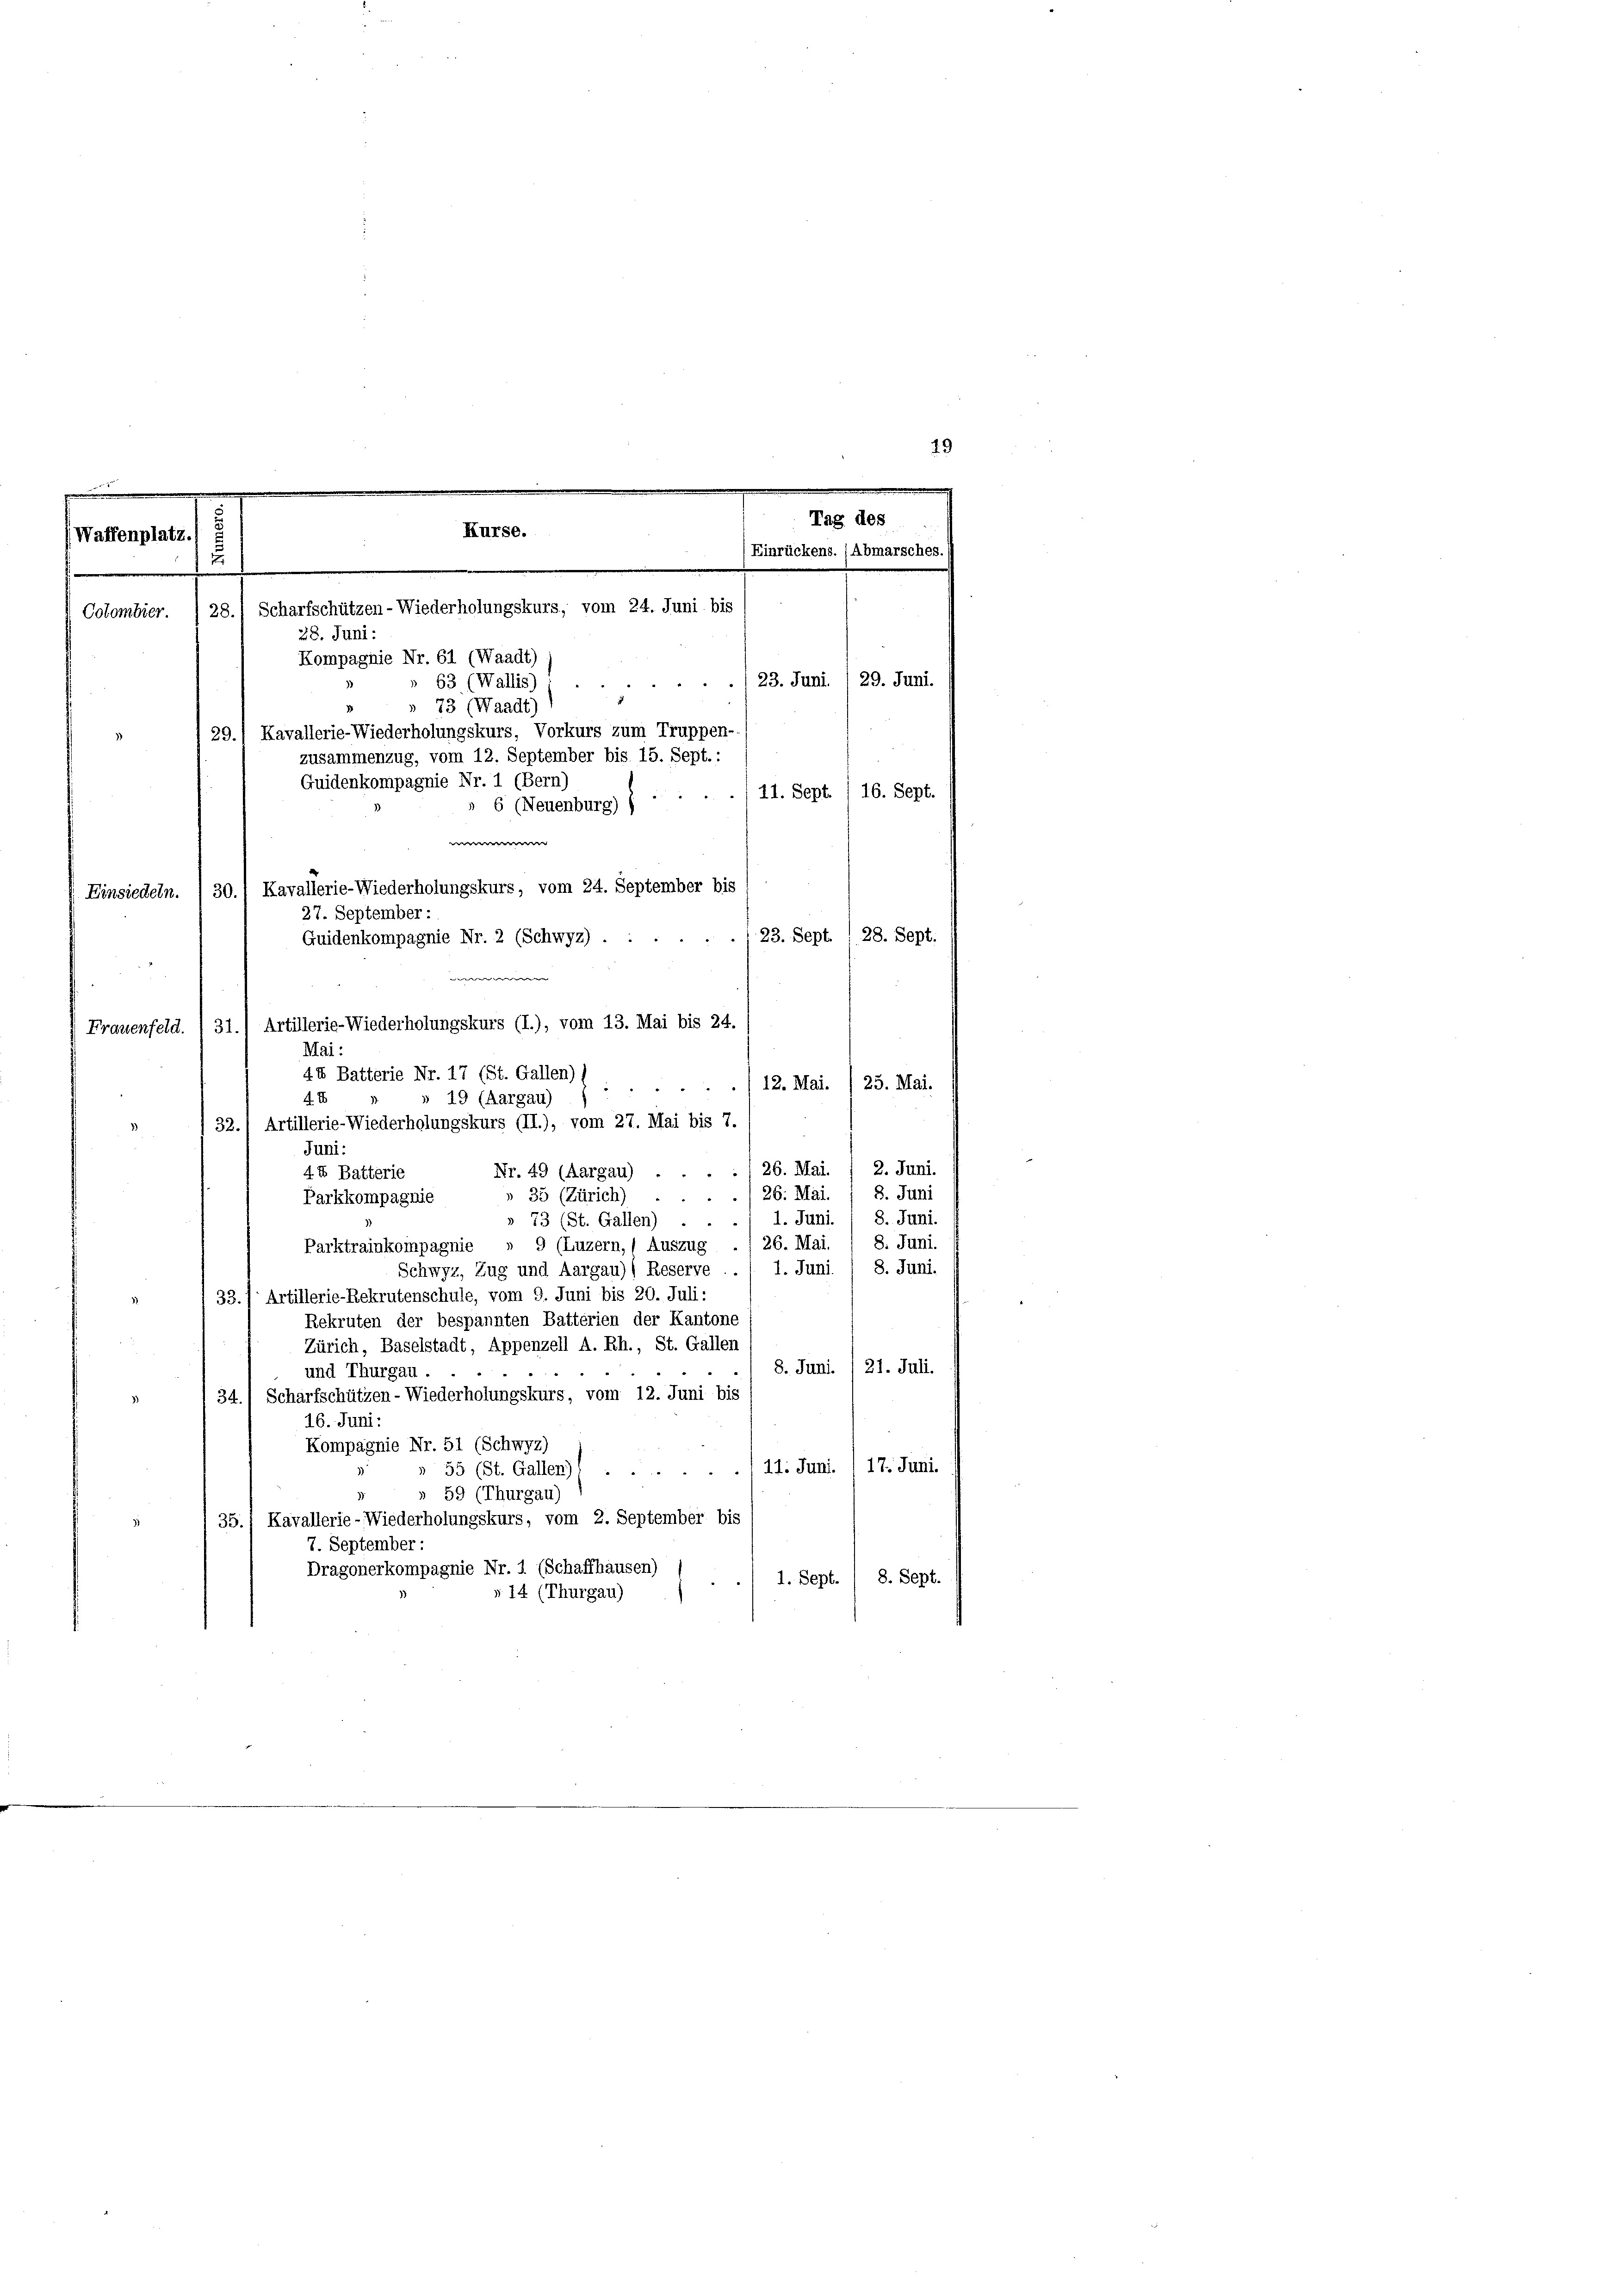
e
19
.

Tag des
Kurse.
Waffenplatz.
(Einrückens. (Abmarsches.
u
Cotombier.  28. Scharfschützen- Wiederholungskurs, vom 24. Juni bis
28. Juni:

Kompagnie Nr. 61 (Waadt)
(23. Juni 129. Juni.
63 (Wallis)
73 (Waadt)
» 6 (Neuenburg) (. . . . 11. Sept. /16. Sept.
23. Sept. , 28. Sept.
Frauenfeld. /31.) Artillerie-Wiederholungskurs (I.), vom 13. Mai bis 24.
Mai:
44 Batterie Nr. 17 (St. Gallen) s
12. Mai. / 25. Mai.
4 x
» 19 (Aargau)
32.) Artillerie-Wiederholungskurs (II.), vom 27. Mai bis 7.
Juni:
.126. Mai. / 2. Juni
Nr. 49 (Aargau)
44 Batterie
8. Juni
/26. Mai.
» 35 (Zürich)
Parkkompagnie
» 73 (St. Gallen) . . ./ 1. Juni. / 8. Juni.
Parktrainkompagnie » 9 (Luzern, Auszug ./ 26. Mai. / 8. Juni.
Schwyz, Zug und Aargau)) Reserve . . / 1. Juni / 8. Juni.
33.) Artillerie-Rekrutenschule, vom 9. Juni bis 20. Juli:
Rekruten der bespannten Batterien der Kantone
Zürich, Baselstadt, Appenzell A. Rh., St. Gallen
8. Juni 21. Juli.
und Thurgau.
34.) Scharfschützen- Wiederholungskurs, vom 12. Juni bis
16. Juni:
Kompagnie Nr. 51 (Schwyz)
55 (St. Gallen)) ....... 11. Juni. 1 17. Juni.
» 59 (Thurgau)
35.1 Kavallerie - Wiederholungskurs, vom 2. September bis
7. September :
Dragonerkompagnie Nr. 1 (Schaffhausen)
1. Sept. 8. Sept.
§ 14 (Thurgau)

29., Kavallerie-Wiederholungskurs, Vorkurs zum Truppen-
zusammenzug, vom 12. September bis 15. Sept.:
Guidenkompagnie Nr. 1 (Bern)
W
Einsiedeln. / 30., Kavallerie-Wiederholungskurs, vom 24. September bis
27. September :
Guidenkompagnie Nr. 2 (Schwyz)
ewe